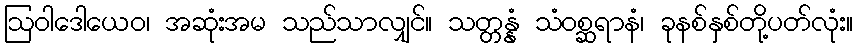
ဩဝါဒေါယေဝ၊ အဆုံးအမ သည်သာလျှင်။ သတ္တန္နံ သံဝစ္ဆရာနံ၊ ခုနစ်နှစ်တို့ပတ်လုံး။